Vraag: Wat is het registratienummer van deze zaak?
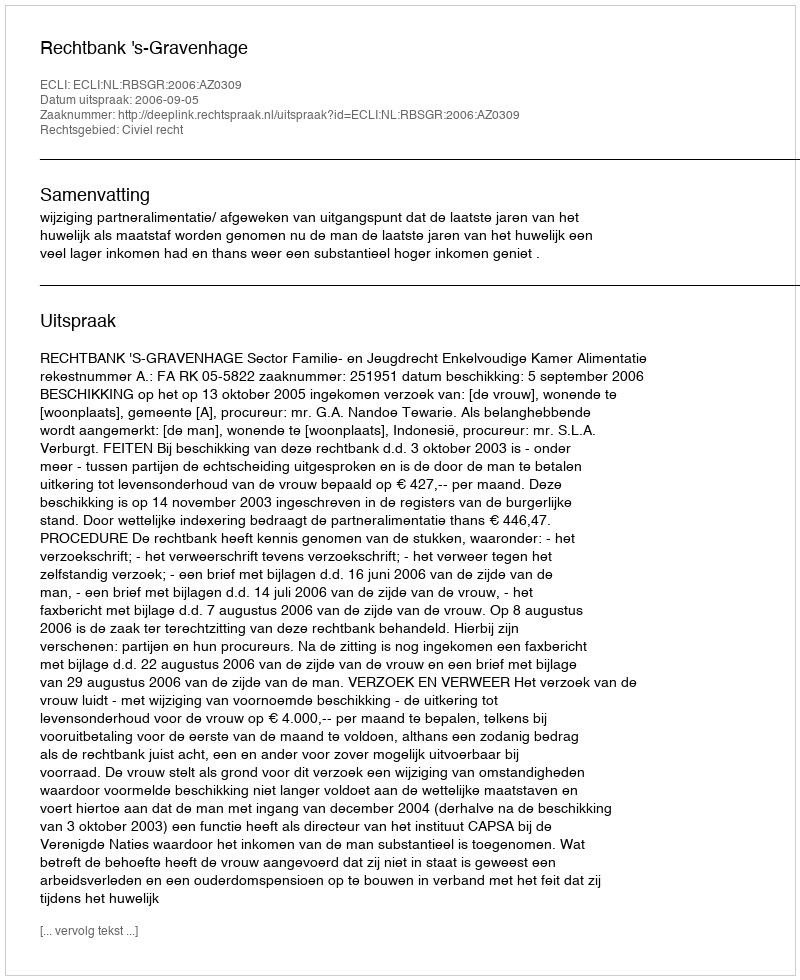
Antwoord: http://deeplink.rechtspraak.nl/uitspraak?id=ECLI:NL:RBSGR:2006:AZ0309